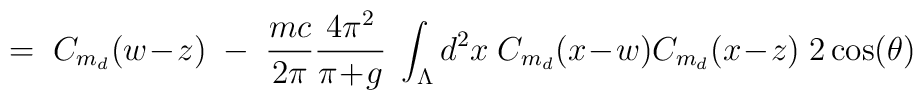
= \; C_{m_d} (w\!-\!z)  \; - \; \frac{mc}{2\pi} \frac{4\pi^2}{\pi\!+\!g} \;\int_\Lambda d^2 x \;C_{m_d}(x\!-\!w)C_{m_d}(x\!-\!z) \; 2 \cos(\theta)